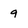
Character: 9